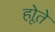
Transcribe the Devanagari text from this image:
होूते